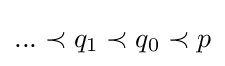
...\prec q_{1}\prec q_{0}\prec p